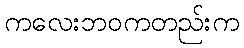
ကလေးဘဝကတည်းက